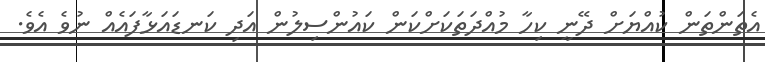
އެތަންތަން ކުއްޔަށް ދޭނީ ކިހާ މުއްދަތަކަށްކަން ކައުންސިލުން އަދި ކަނޑައަޅާފައެއް ނުވެ އެވެ.